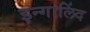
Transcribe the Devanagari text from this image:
इन्गालिंद